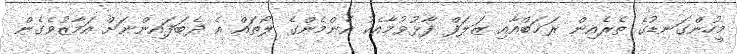
މީހުންގަނޑުގެ ތެރެއިން ރަޚަބްއާއި ޒަލަފް ފާޅުވުމާއެކު އެންމެންގެ ލޯތައް އެ ދެބަފައިންނަށް އަމާޒުވެގެން